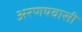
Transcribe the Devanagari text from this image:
अरणयवासी